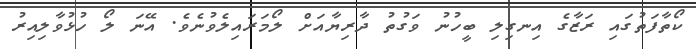
ކޯތާފަތުގައި ރަޒާގެ އިނގިލި ބީހުނު ވަގުތު ދާރިޔާއަށް ލޯމަރައިލެވުނެވެ. އޭނަ ލޯ ހުޅުވާލިއިރު